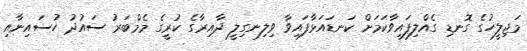
މަޖިލީހުގެ ގޮނޑި ގެއްލިފައިވާކަމަށް ކަނޑައަޅާފައިވާ ވިލިނގިލީ ދާއިރާގެ ކުރީގެ މެމްބަރު ސައުދު ހުސައިނާއި